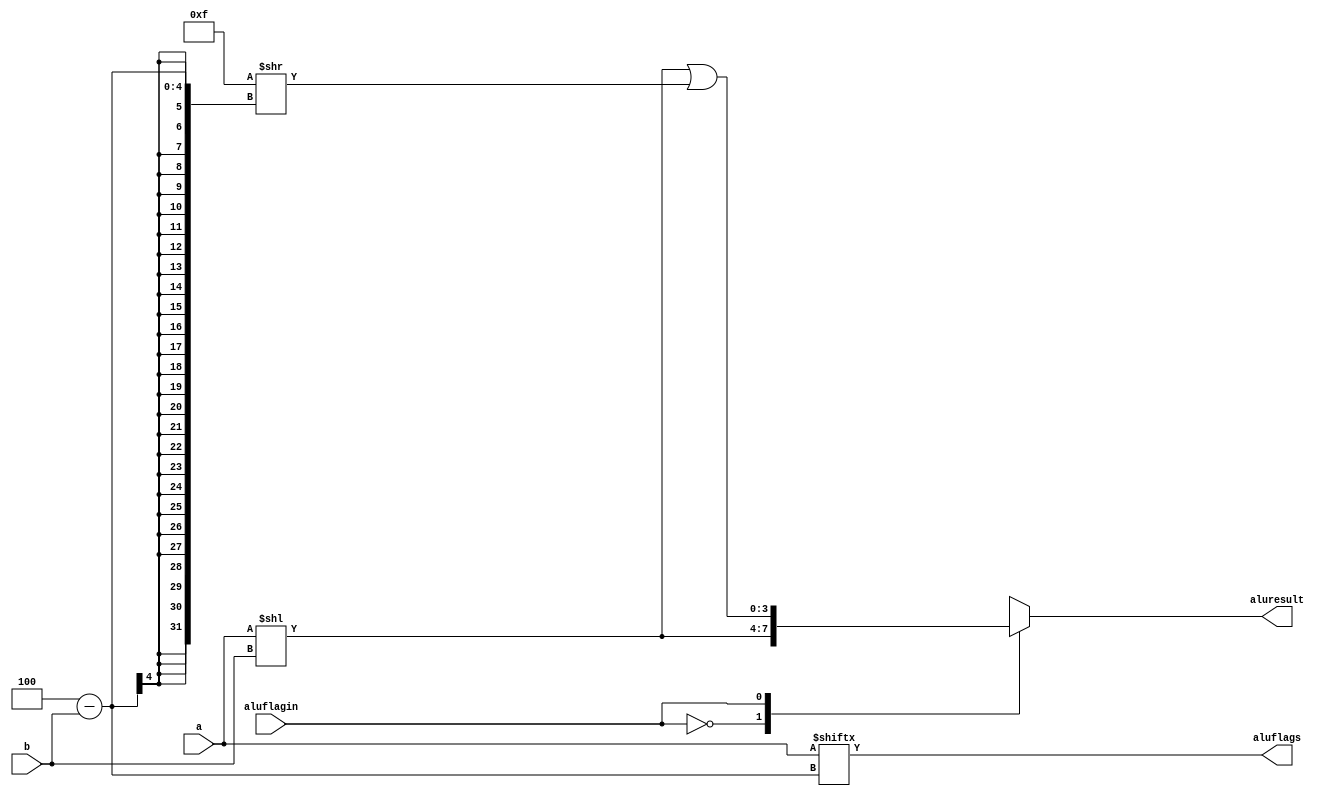
`timescale 1ns / 1ps
//////////////////////////////////////////////////////////////////////////////////
// Company: TEC
// Engineer: 
// 
// Design Name: 
// Module Name: LShift
// Project Name: 
// Target Devices: 
// Tool Versions: 
// Description: 
// 
// Dependencies: 
// 
// Revision:
// Revision 0.01 - File Created
// Additional Comments:
// 
//////////////////////////////////////////////////////////////////////////////////


module LShift #(parameter ancho=4)(
    input [ancho-1:0]a, b, 
    input aluflagin,
    output reg [ancho-1:0]aluresult, 
    output reg aluflags
    );
    
    wire [ancho-1:0]ones;
 
    assign ones={(ancho){1'b1}};
    
    always @(*) begin
        case(aluflagin)
            1'b0: 
                begin
                    aluflags = a[ancho-b];
                    aluresult = a << b;
                end
            1'b1: 
                begin
                    aluflags = a[ancho-b];
                    aluresult = (a << b)|(ones >> ancho-b);
                end      
        endcase
    end
endmodule